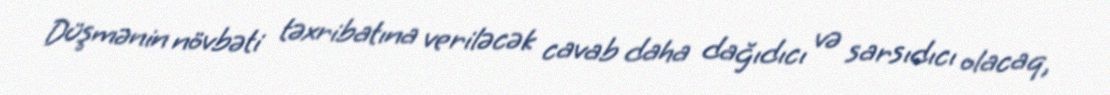
Düşmənin növbəti təxribatına veriləcək cavab daha dağıdıcı və sarsıdıcı olacaq,